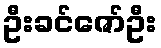
ဦးခင်ဇော်ဦး